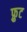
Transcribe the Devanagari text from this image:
फ़्रुट